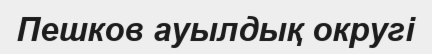
Пешков ауылдық округі